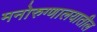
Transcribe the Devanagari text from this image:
मनोरुग्णालयातील